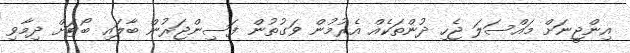
އިންޖީނަށް މައްސަލަ ޖެހި ދުންތަކެއް އެރުމުން ވަގުތުން ފަސިންޖަރުން ބާލައި ބޯޓަށް ދިމާވި